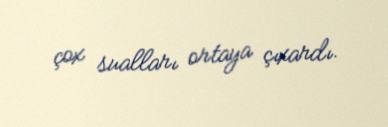
çox sualları ortaya çıxardı.